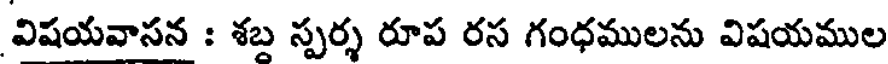
విషయవాసన : శబ్ద స్పర్శ రూప రస గంధములను విషయముల